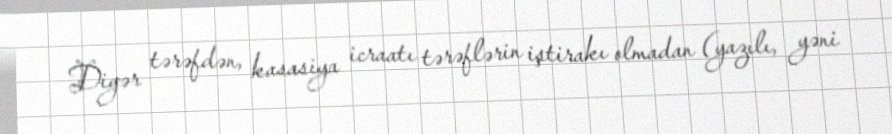
Digər tərəfdən, kasasiya icraatı tərəflərin iştirakı olmadan (yazılı, yəni